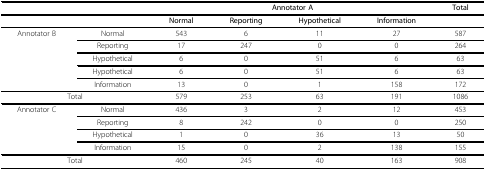
|  |  | <COLSPAN=4> Annotator A | Total |
 |  |  | Normal | Reporting | Hypothetical | Information |  |
 | --- | --- | --- | --- | --- | --- | --- |
 | Annotator B | Normal | 543 | 6 | 11 | 27 | 587 |
 |  | Reporting | 17 | 247 | 0 | 0 | 264 |
 |  | Hypothetical | 6 | 0 | 51 | 6 | 63 |
 |  | Hypothetical | 6 | 0 | 51 | 6 | 63 |
 |  | Information | 13 | 0 | 1 | 158 | 172 |
 | <COLSPAN=2> Total | 579 | 253 | 63 | 191 | 1086 |
 | Annotator C | Normal | 436 | 3 | 2 | 12 | 453 |
 |  | Reporting | 8 | 242 | 0 | 0 | 250 |
 |  | Hypothetical | 1 | 0 | 36 | 13 | 50 |
 |  | Information | 15 | 0 | 2 | 138 | 155 |
 | <COLSPAN=2> Total | 460 | 245 | 40 | 163 | 908 |